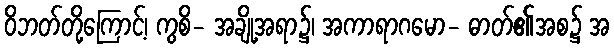
ဝိဘတ်တို့ကြောင့်၊ ကွစိ- အချို့အရာ၌၊ အကာရာဂမော- ဓာတ်၏အစ၌ အ